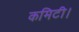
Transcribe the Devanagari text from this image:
कमिटी।